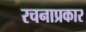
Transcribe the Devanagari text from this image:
रचनाप्रकार